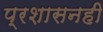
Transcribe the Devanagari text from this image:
प्रशासनही